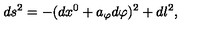
d s ^ { 2 } = - ( d x ^ { 0 } + a _ { \varphi } d \varphi ) ^ { 2 } + d l ^ { 2 } ,